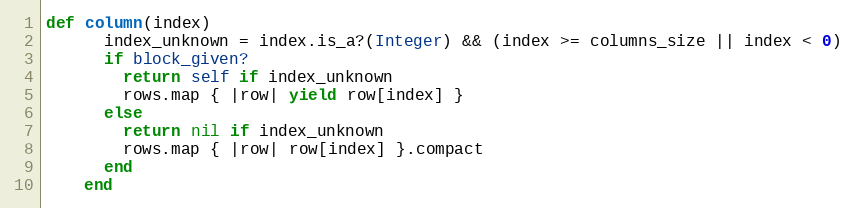
Language: Ruby
def column(index)
      index_unknown = index.is_a?(Integer) && (index >= columns_size || index < 0)
      if block_given?
        return self if index_unknown
        rows.map { |row| yield row[index] }
      else
        return nil if index_unknown
        rows.map { |row| row[index] }.compact
      end
    end